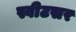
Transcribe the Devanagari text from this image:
स्वीटसर